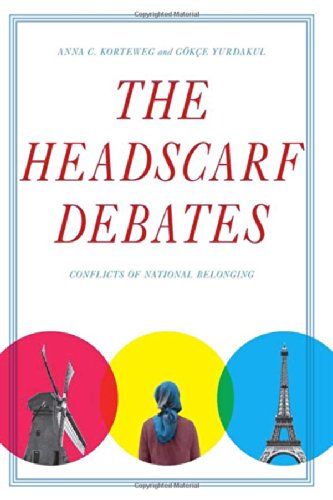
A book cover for The Headscarf Debates: Conflicts of National Belonging; Anna Korteweg; Religion & Spirituality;